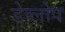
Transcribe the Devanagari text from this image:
डेव्लोप